Lunatic asylums in Bengal annual reports 1899-1911 - 1899-1911
Year: 1899
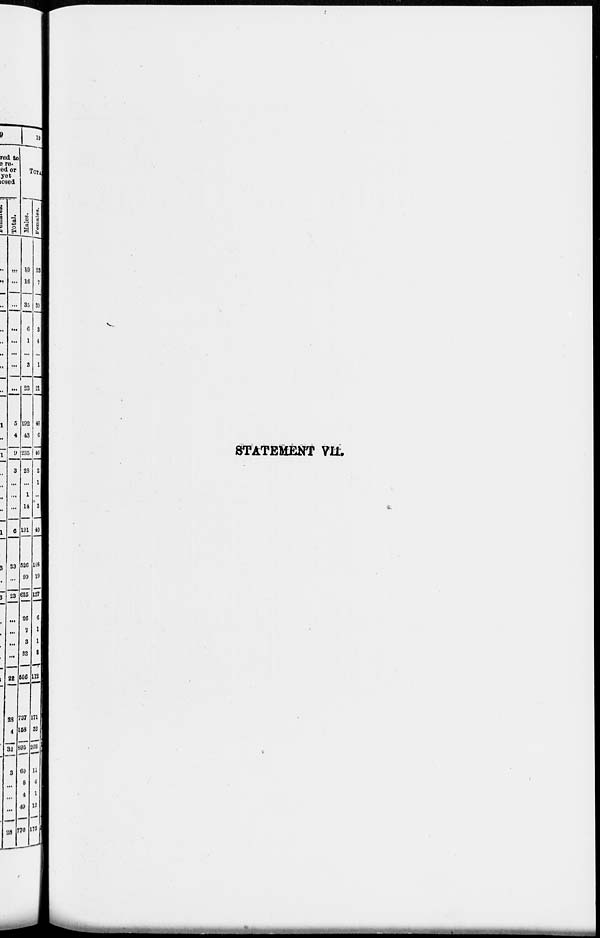
STATEMENT VII.